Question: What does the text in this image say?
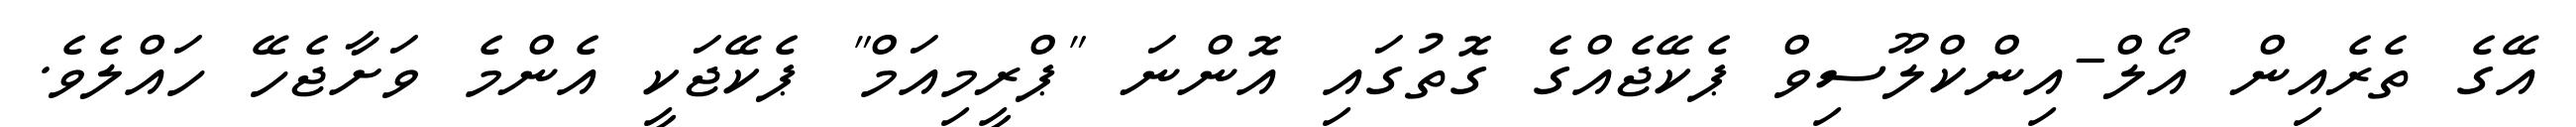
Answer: އޭގެ ތެރެއިން އޯލް-އިންކްލޫސިވް ޕެކޭޖެއްގެ ގޮތުގައި އޮންނަ "ޕްރީމިއަމް" ޕެކޭޖަކީ އެންމެ ވަށާޖެހޭ ހައްލެވެ.